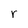
Character: r